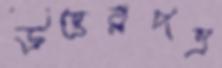
উত্তরপত্র